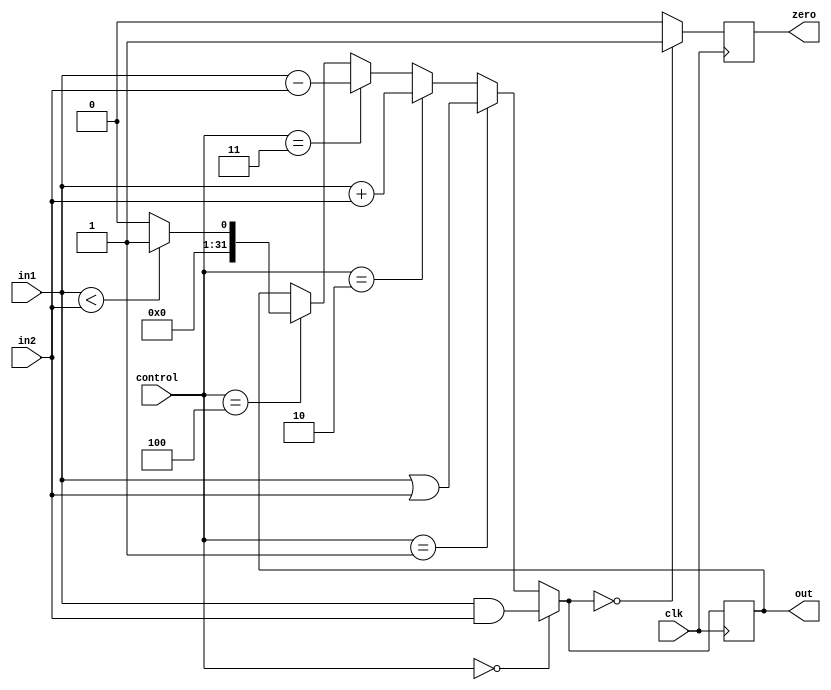
/*
  * @author: Aniruddh
  * This ALU acceps a three-bit control, two 32-bit inputs and a clock.
  * It outputs a 32-bit output and a single bit to indicate if the output is zero.
*/

module alu(clk, in1, in2, control, out, zero);

input clk;
input [0:31]in1;
input [0:31]in2;
input [0:2]control;
output reg [0:31]out;
output reg zero;
integer i;

always @(posedge clk)
begin
  if (control == 3'b000)//and
  begin
    out = in1 & in2;
  end
  else if (control == 3'b001)//or
  begin
    out = in1 | in2;
  end
  else if (control == 3'b010)//add
  begin
    out = in1 + in2;
  end
  else if(control == 3'b011)//sub
  begin
    out = in1 - in2;
  end
  else if(control == 3'b100)//set on less than
  begin
    if(in1 < in2) out = 1;
    else out = 0;
  end

  if(out == 0) zero = 1;
  else zero = 0;
end
endmodule


// module tb_alu;

// reg [0:31]in1;
// reg [0:31]in2;
// reg [0:2]control;
// reg clk;
// wire [0:31]out;
// wire zero;

// alu uut(clk, in1, in2, control, out, zero);

// always  #3 clk = ~clk;
// initial
// begin
//   $dumpfile("alu_test.vcd");
//   $dumpvars(0, tb_alu);
//   clk = 0;
//   control = 0;
//   in1 = 7;
//   in2 = 3;
//   #6;
//   in1 = 8;
//   in2 = 3;
//   #6;
//   control = 1;
//   in1 = 24;
//   in2 = 6;
//   #6;
//   in1 = 6;
//   in2 = 2;
//   #6;
//   control = 2;
//   in1 = 11;
//   in2 = 12;
//   #6;
//   control = 3;
//   in1 = 1;
//   in2 = 13;
//   #6;
//   control = 3;
//   in1 = 12;
//   in2 = 12;
//   #6;
//   control = 4;
//   in1 = 3;
//   in2 = 4;
//   #6
//   in1 = 5;
//   in2= 3;
//   #6;
// end

// endmodule